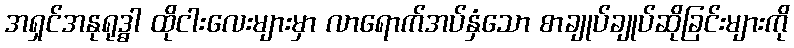
အရှင်အနုရုဒ္ဓါ ထိုငါးလေးများမှာ လာရောက်အပ်နှံသော စာချုပ်ချုပ်ဆိုခြင်းများကို